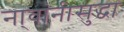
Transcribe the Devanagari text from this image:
ना्वांनीसुद्धा